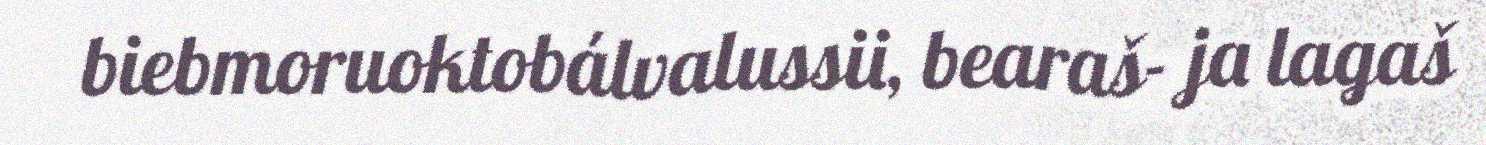
biebmoruoktobálvalussii, bearaš- ja lagaš